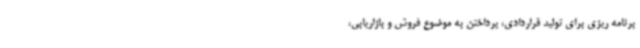
برنامه ریزی برای تولید قراردادی، پرداختن به موضوع فروش و بازاریابی،